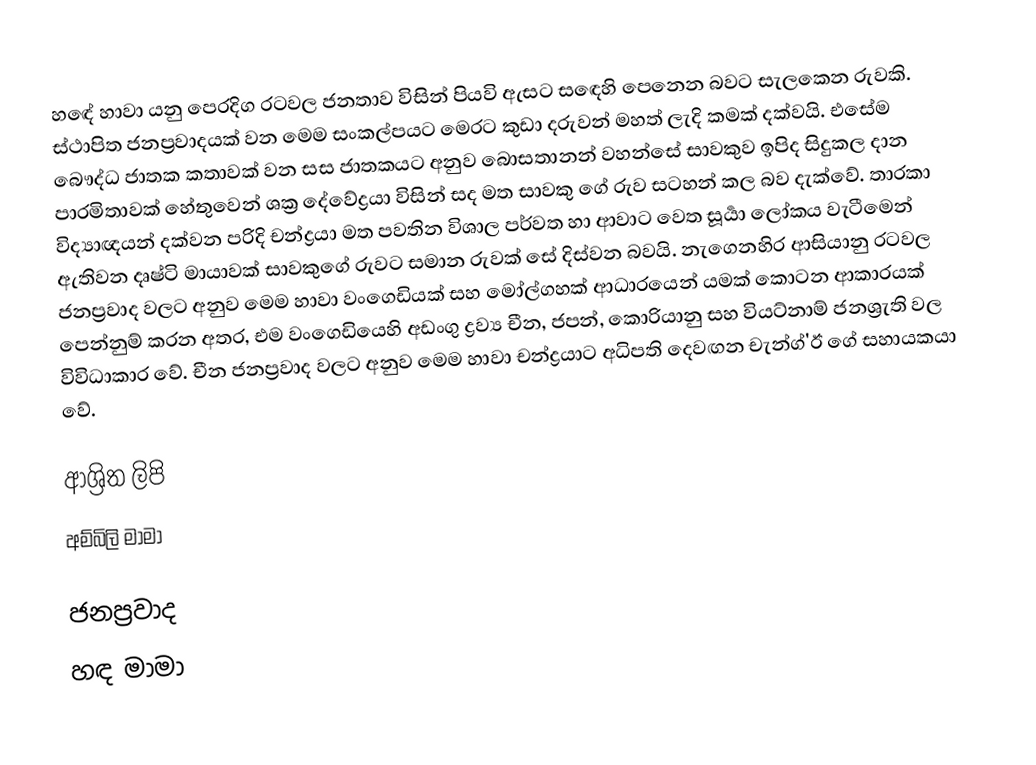
හඳේ හාවා යනු පෙරදිග රටවල ජනතාව විසින් පියවි ඇසට සඳෙහි පෙනෙන බවට සැලකෙන රුවකි. ස්ථාපිත ජනප්‍රවාදයක් වන මෙම සංකල්පයට මෙරට කුඩා දරුවන්  මහත් ලැදි කමක් දක්වයි. එසේම බෞද්ධ ජාතක කතාවක් වන සස ජාතකයට අනුව ‍බොසතානන් වහන්සේ සාවකුව ඉපිද සිදුකල දාන පාරමිතාවක් හේතුවෙන් ශක්‍ර දේවේද්‍රයා විසින් සද මත සාවකු ගේ රුව සටහන් කල බව දැක්වේ. තාරකා විද්‍යාඥයන් දක්වන පරිදි චන්ද්‍රයා මත පවතින විශාල පර්වත හා ආවාට වෙත සූර්‍යා ලෝකය වැටීමෙන් ඇතිවන දෘෂ්ටි මායාවක් සාවකුගේ රුවට සමාන රුවක් සේ දිස්වන බවයි. නැගෙනහිර ආසියානු රටවල ජනප්‍රවාද වලට අනුව මෙම හාවා වංගෙඩියක් සහ මෝල්ගහක් ආධාරයෙන් යමක් කොටන ආකාරයක් පෙන්නුම් කරන අතර, එම වංගෙඩියෙහි අඩංගු ද්‍රව්‍ය චීන, ජපන්, කොරියානු සහ වියට්නාම් ජනශ්‍රැති වල විවිධාකාර වේ. චීන ජනප්‍රවාද වලට අනුව මෙම හාවා චන්ද්‍රයාට අධිපති දෙවඟන චැන්ග්'ඊ ගේ සහායකයා වේ.

ආශ්‍රිත ලිපි
 අම්බිලි මාමා

ජනප්‍රවාද
හඳ මාමා